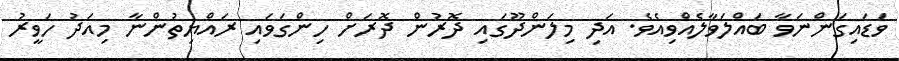
ވަޑައިގަންނަވާ ބައްލަވާލެއްވިއެވެ. އަދި މިލަންދޫގައި ދޮރުން ދޮރަށް ހިންގަވައި ރައްޔިތުންނާ މިއަދު ހަވީރު